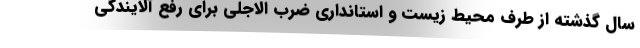
سال گذشته از طرف محیط زیست و استانداری ضرب الاجلی برای رفع آلایندگی